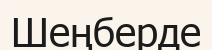
Шеңберде